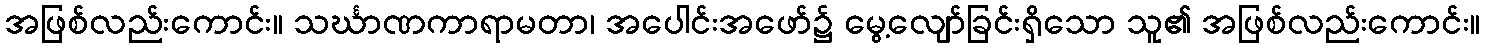
အဖြစ်လည်းကောင်း။ သင်္ဃာဏကာရာမတာ၊ အပေါင်းအဖော်၌ မွေ့လျော်ခြင်းရှိသော သူ၏ အဖြစ်လည်းကောင်း။